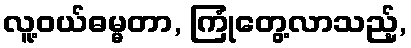
လူ့ဝယ်ဓမ္မတာ, ကြုံတွေ့လာသည့်,